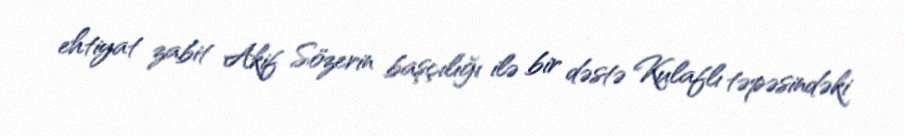
ehtiyat zabit Akif Sözerin başçılığı ilə bir dəstə Kulaflı təpəsindəki